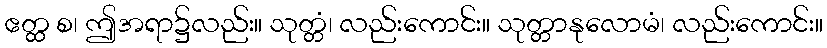
ဧတ္ထ စ၊ ဤအရာ၌လည်း။ သုတ္တံ၊ လည်းကောင်း။ သုတ္တာနုလောမံ၊ လည်းကောင်း။